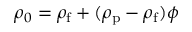
\rho _ { 0 } = \rho _ { \mathrm { f } } + ( \rho _ { \mathrm { p } } - \rho _ { \mathrm { f } } ) \phi